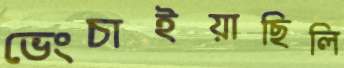
ভেংচাইয়াছিলি